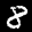
Label: 8